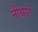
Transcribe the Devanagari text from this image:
नीथार्ट